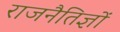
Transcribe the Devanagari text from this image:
राजनैतिज्ञों